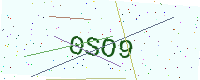
Text: 0SO9